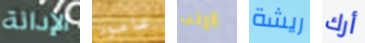
الإدانة عامود ارنب ريشة أرك